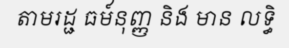
តាមរដ្ជ ធម៍នុញ្ញ និង មាន លទ្ធិ